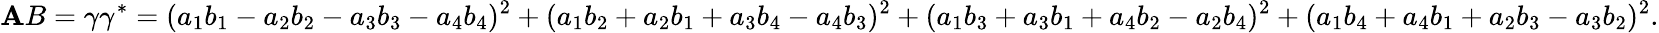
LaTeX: \mathbf{A}B=\gamma\gamma^{*}=(a_{1}b_{1}-a_{2}b_{2}-a_{3}b_{3}-a_{4}b_{4})^{2}+(a_{1}b_{2}+a_{2}b_{1}+a_{3}b_{4}-a_{4}b_{3})^{2}+(a_{1}b_{3}+a_{3}b_{1}+a_{4}b_{2}-a_{2}b_{4})^{2}+(a_{1}b_{4}+a_{4}b_{1}+a_{2}b_{3}-a_{3}b_{2})^{2}.